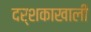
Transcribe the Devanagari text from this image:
दर्शकाखाली